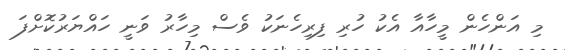
މި އަންހެން މީހާއާ އެކު ހުރި ފިރިހެނަކު ވެސް މިހާރު ވަނީ ހައްޔަރުކޮށްފަ